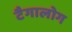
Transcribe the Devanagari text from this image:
टैगालोग